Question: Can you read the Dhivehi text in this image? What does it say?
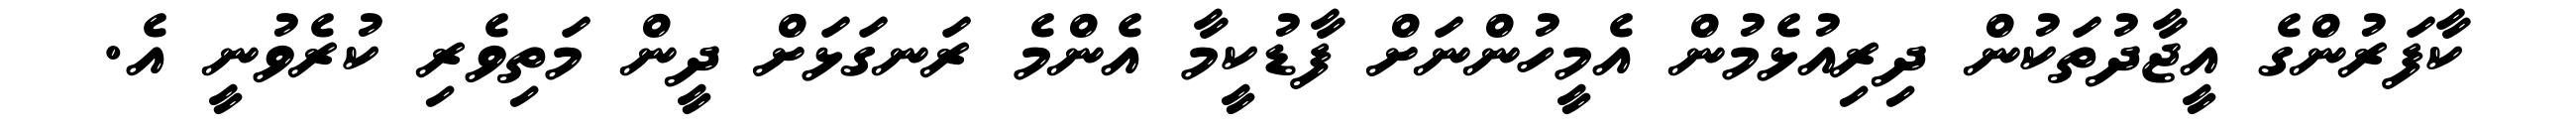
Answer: ކާފަރުންގެ އީޖާދުތަކުން ދިރިއުޅެމުން އެމީހުންނަށް ފާޑުކީމާ އެންމެ ރަނގަޅަށް ދީން މަތިވެރި ކުރެވުނީ އެ.